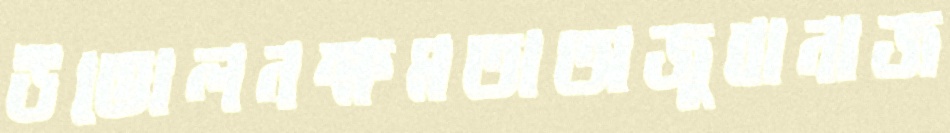
উত্তোলনক্ষমতাঅজুবানাজ